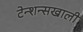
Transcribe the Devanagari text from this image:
टेन्शन्सखाली